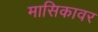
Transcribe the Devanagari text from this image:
मासिकावर